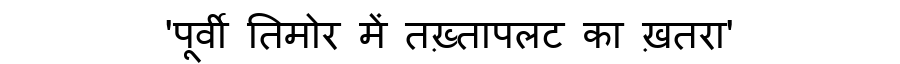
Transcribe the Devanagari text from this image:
'पूर्वी तिमोर में तख़्तापलट का ख़तरा'